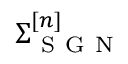
\boldsymbol { \Sigma } _ { \mathrm { ~ S ~ G ~ N ~ } } ^ { [ n ] }